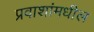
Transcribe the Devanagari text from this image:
प्रवाशांमधील